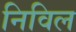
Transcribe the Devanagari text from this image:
निविल